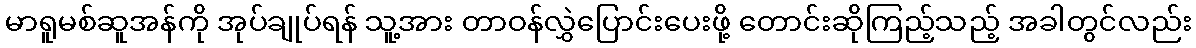
မာရူမစ်ဆူအန်ကို အုပ်ချုပ်ရန် သူ့အား တာဝန်လွှဲပြောင်းပေးဖို့ တောင်းဆိုကြည့်သည့် အခါတွင်လည်း